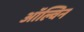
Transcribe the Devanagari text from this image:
ऑल्विन